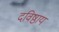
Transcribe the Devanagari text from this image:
दविष्ठाय